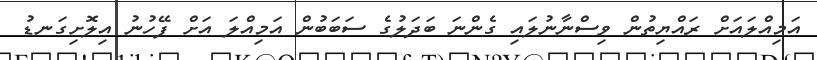
އަމިއްލައަށް ރައްޔިތުން ވިސްނާނުލައި ގެންނަ ބަދަލުގެ ސަބަބުން އަމިއްލަ އަށް ފޭހުނު އިލޮށިގަނޑު